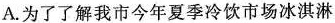
A.为了了解我市今年夏季冷饮市场冰淇淋